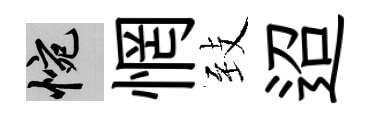
惋惘𦤺迢